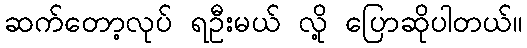
ဆက်တော့လုပ် ရဦးမယ် လို့ ပြောဆိုပါတယ်။